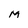
Character: M